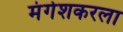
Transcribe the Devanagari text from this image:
मंगेशकरला